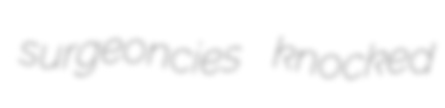
surgeoncies knocked